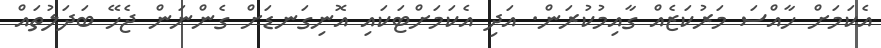
އެކަމަށް ހާއްސަ މަރުކަޒެއް ގާއިމުކުރަން. އަދި އެކަމަށްޓަކައި އޮނިގަނޑަށް ގެންނަން ޖެހޭ ބަދަލުތައް